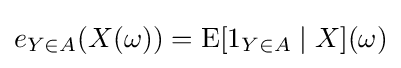
e_{Y\in A}(X(\omega ))=\operatorname {E} [1_{Y\in A}\mid X](\omega )